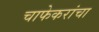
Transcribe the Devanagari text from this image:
चाफेकरांचा